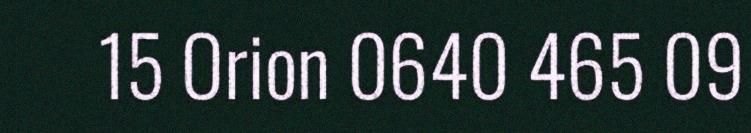
15 Orion 0640 465 09